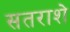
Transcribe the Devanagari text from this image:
सतराशे